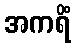
အကရိံ